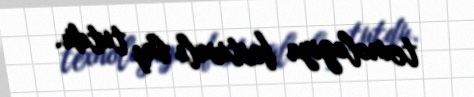
texnologiya festivalı baş tutdu.